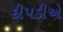
દીપડીએ